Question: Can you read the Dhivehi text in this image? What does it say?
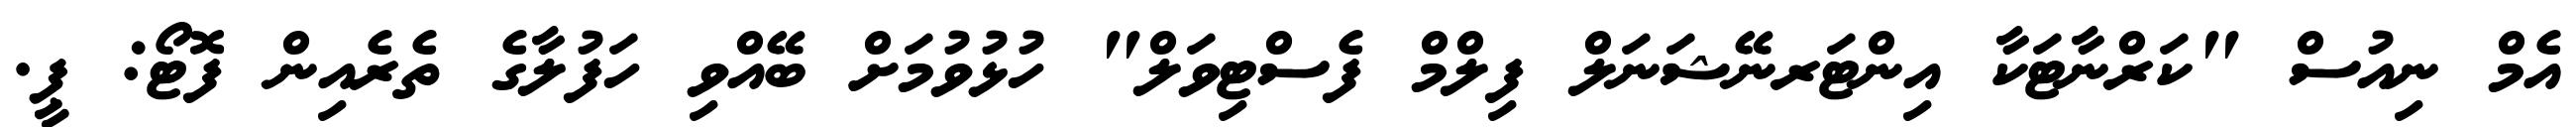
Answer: އެމް ނިއުސް "ކަރްނާޓަކާ އިންޓަރނޭޝަނަލް ފިލްމް ފެސްޓިވަލް" ހުޅުވުމަށް ބޭއްވި ހަފުލާގެ ތެރެއިން ފޮޓޯ: ޕީ.